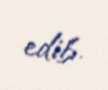
edib.